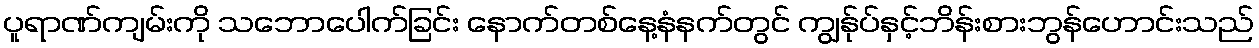
ပူရာဏ်ကျမ်းကို သဘောပေါက်ခြင်း နောက်တစ်နေ့နံနက်တွင် ကျွန်ုပ်နှင့်ဘိန်းစားဘွန်ဟောင်းသည်